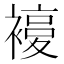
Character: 𧜰